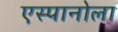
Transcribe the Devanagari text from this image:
एस्पानोला